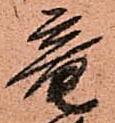
竜